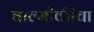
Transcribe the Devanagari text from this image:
वाल्मीकीचा